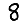
Digit: 8